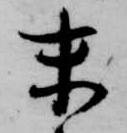
末